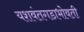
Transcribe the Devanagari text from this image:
यशवंतगडाभोवती